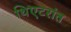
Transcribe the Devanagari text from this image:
थिएटरांत